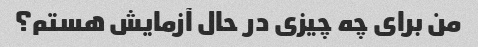
من برای چه چیزی در حال آزمایش هستم؟